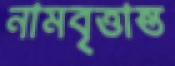
নামবৃত্তান্ত